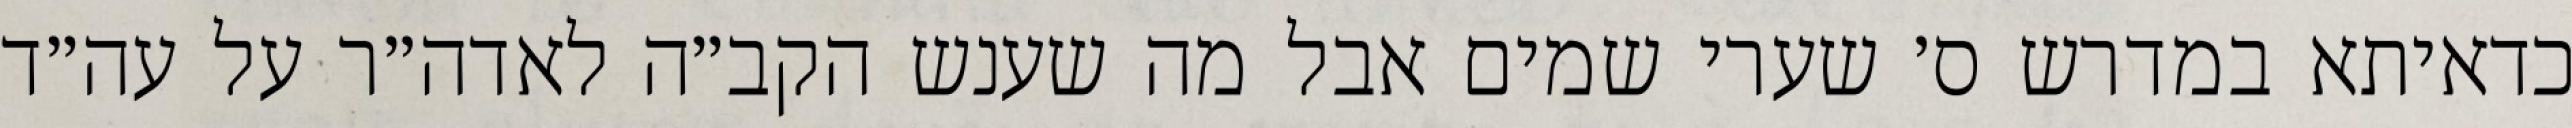
כדאיתא במדרש ס׳ שערי שמים אבל מה שענש הקב״ה לאדה״ר על עה״ד